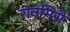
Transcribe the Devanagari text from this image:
रानमिरी